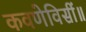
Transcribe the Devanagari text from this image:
कवणेविसीं॥